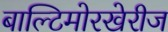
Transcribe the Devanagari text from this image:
बाल्टिमोरखेरीज